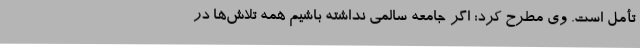
تأمل است. وی مطرح کرد: اگر جامعه سالمی نداشته باشیم همه تلاش‌ها در